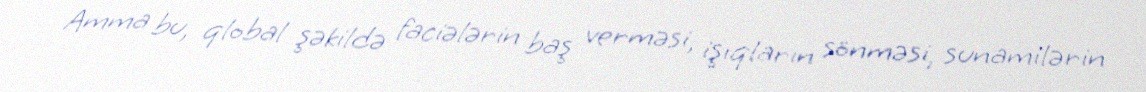
Amma bu, qlobal şəkildə faciələrin baş verməsi, işıqların sönməsi, sunamilərin